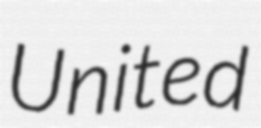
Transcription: United